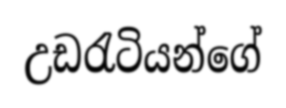
උඩරැටියන්ගේ